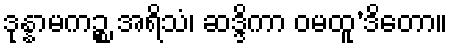
ဒုန္နာမကဉ္စ အရိသံ၊ ဆဒ္ဒိကာ ဝမထူ’ဒိတော။